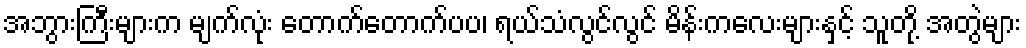
အဘွားကြီးများက မျက်လုံး တောက်တောက်ပပ၊ ရယ်သံလွင်လွင် မိန်းကလေးများနှင့် သူတို့ အတွဲများ